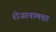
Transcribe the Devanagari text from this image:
रोजानामचा